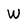
Character: W